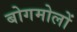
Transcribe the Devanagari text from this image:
बोगमोलों